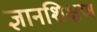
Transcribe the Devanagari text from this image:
ज्ञानशिक्षण